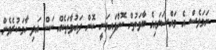
ނަމަވެސް އެ މައްސަލައިގެ ބާވަތުން ކޮށްފައިވަނީ ކޮން ދައުވާތަކެއް ކަން އަދި ހާމަކުރެވެން